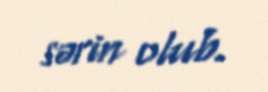
sərin olub.